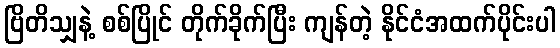
ဗြိတိသျှနဲ့ စစ်ပြိုင် တိုက်ခိုက်ပြီး ကျန်တဲ့ နိုင်ငံအထက်ပိုင်းပါ